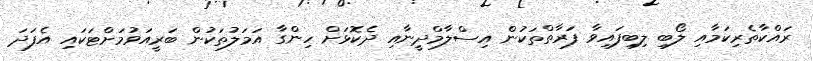
ރައްކާތެރިކަމާއި ލޯބި ލިބިފައިވާ ފަރާތްތަކުން އިސްލާމްދީނާއި ދެކޮޅަށް ހިންގާ އަމަލުތަކުން ބަރީއަވުމަށްޓަކައި އެފަދަ